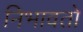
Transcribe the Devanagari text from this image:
निभावतो